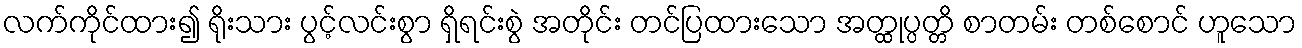
လက်ကိုင်ထား၍ ရိုးသား ပွင့်လင်းစွာ ရှိရင်းစွဲ အတိုင်း တင်ပြထားသော အတ္ထုပ္ပတ္တိ စာတမ်း တစ်စောင် ဟူသော